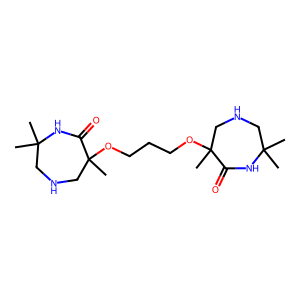
SMILES: CC1(C)CNCC(C)(OCCCOC2(C)CNCC(C)(C)NC2=O)C(=O)N1
Inhibits HIV replication: No